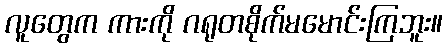
လူတွေက ကားကို ဂရုတစိုက်မမောင်းကြဘူး။